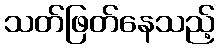
သတ်ဖြတ်နေသည့်